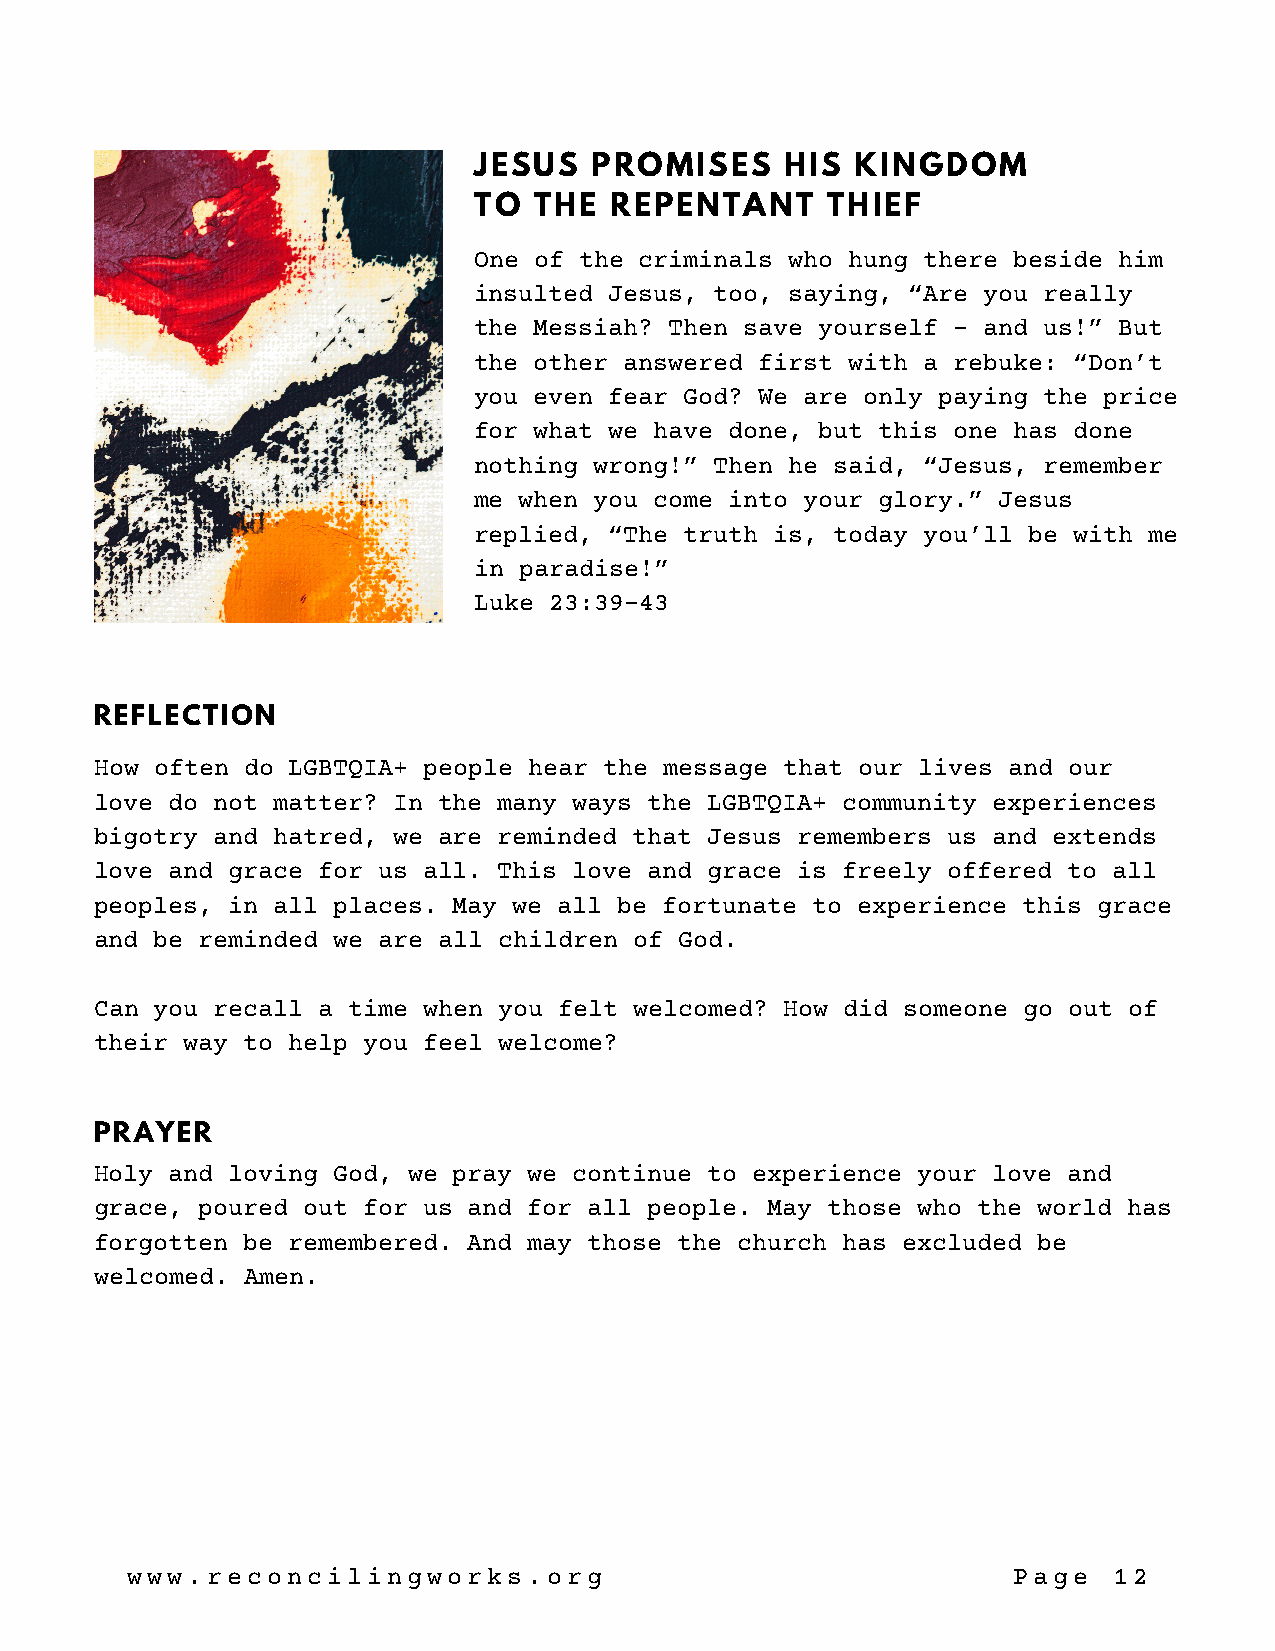
JESUS   PROMISES     HIS  KINGDOM
 TO  THE  REPENTANT      THIEF
 One of the criminals who hung there beside him
 insulted Jesus, too, saying, “Are you really
 the Messiah? Then save yourself – and us!” But
 the other answered first with a rebuke: “Don’t
 you even fear God? We are only paying the price
 for what we have done, but this one has done
 nothing wrong!” Then he said, “Jesus, remember
 me when you come into your glory.” Jesus
 replied, “The truth is, today you’ll be with me
 in paradise!”
 Luke 23:39-43
 REFLECTION
 How often do LGBTQIA+ people hear the message that our lives and our
 love do not matter? In the many ways the LGBTQIA+ community experiences
 bigotry and hatred, we are reminded that Jesus remembers us and extends
 love and grace for us all. This love and grace is freely offered to all
 peoples, in all places. May we all be fortunate to experience this grace
 and be reminded we are all children of God.
 Can you recall a time when you felt welcomed? How did someone go out of
 their way to help you feel welcome?
 PRAYER
 Holy and loving God, we pray we continue to experience your love and
 grace, poured out for us and for all people. May those who the world has
 forgotten be remembered. And may those the church has excluded be
 welcomed. Amen.
 www.reconcilingworks.org                                   Page   12